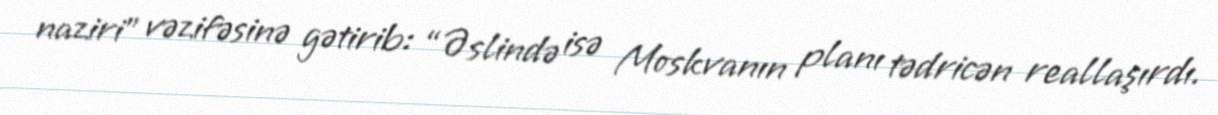
naziri” vəzifəsinə gətirib: “Əslində isə Moskvanın planı tədricən reallaşırdı.